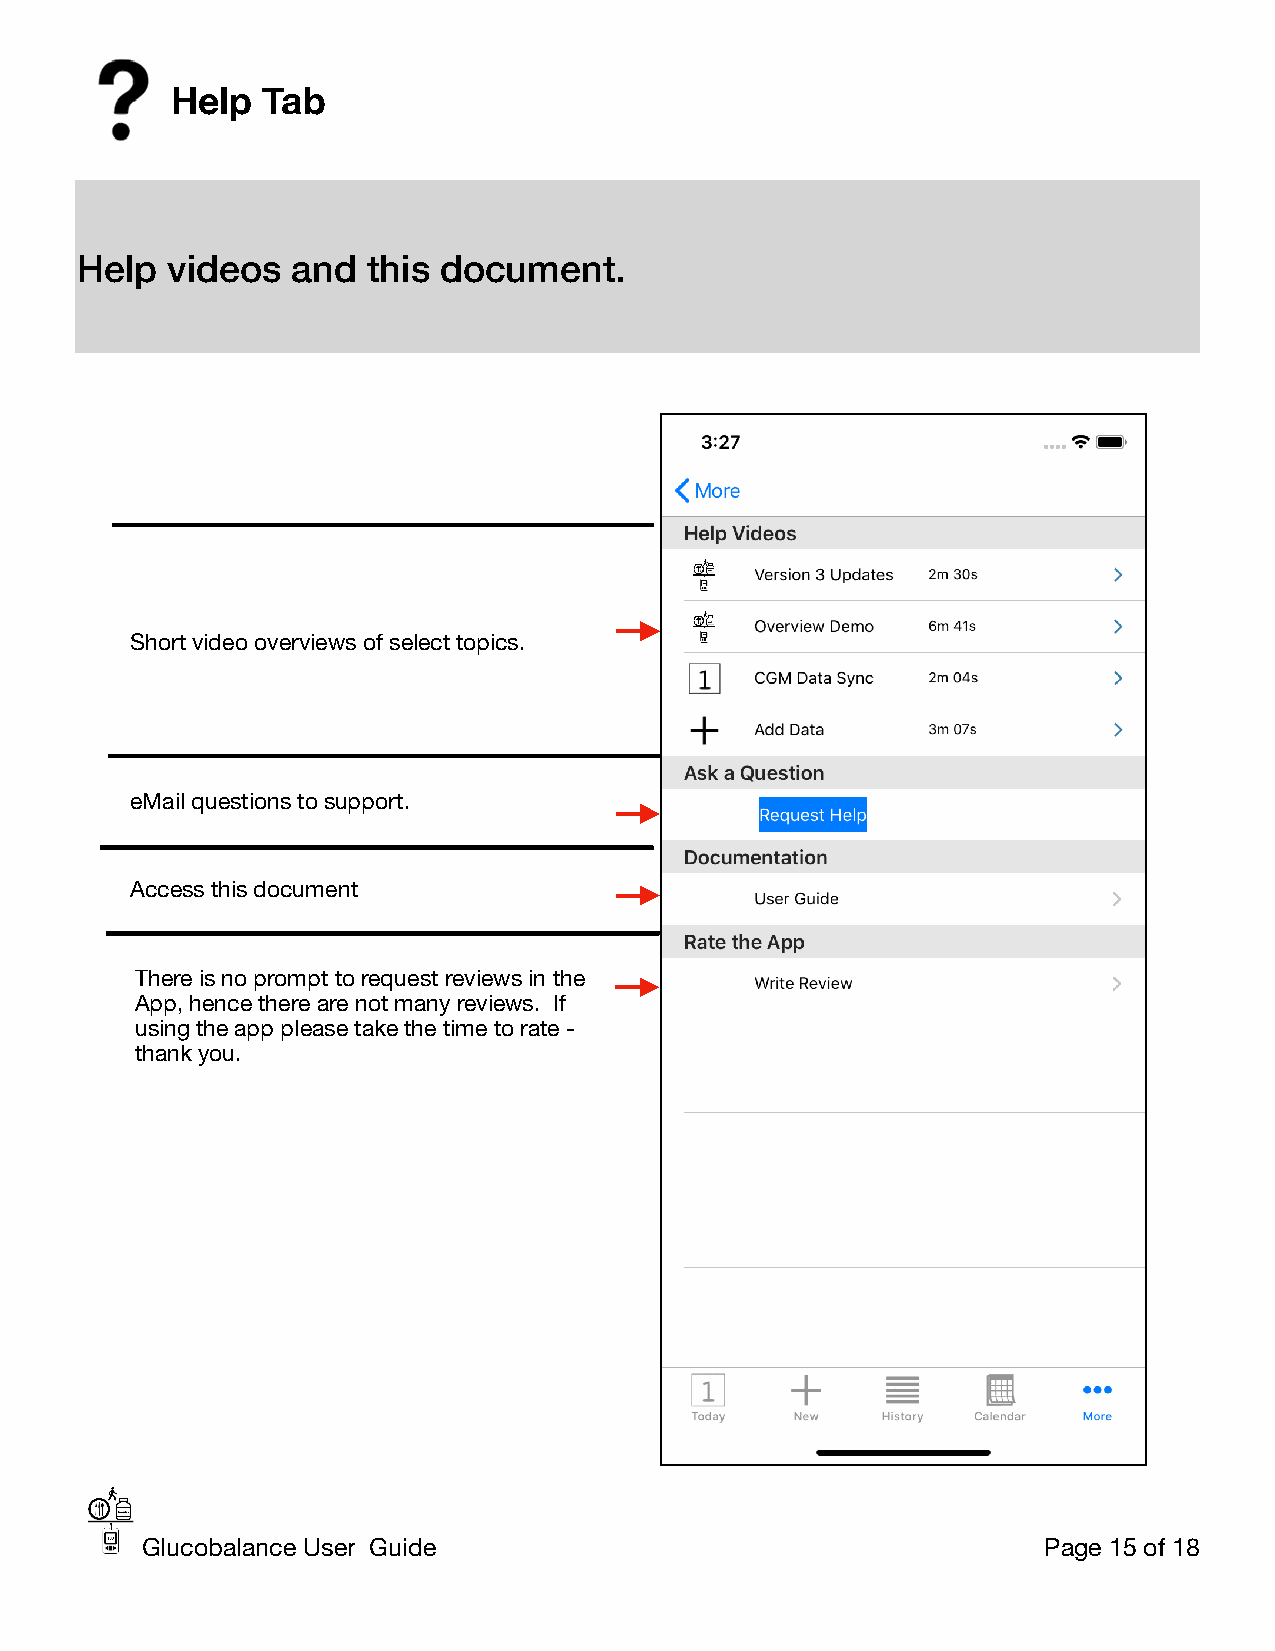
Help  Tab
 Help  videos  and  this document.
 Short video overviews of select topics.
 eMail questions to support.
 Access this document
 There is no prompt to request reviews in the
 App, hence there are not many reviews. If
 using the app please take the time to rate -
 thank you.
 Glucobalance User Guide                                     Page 15 of 18